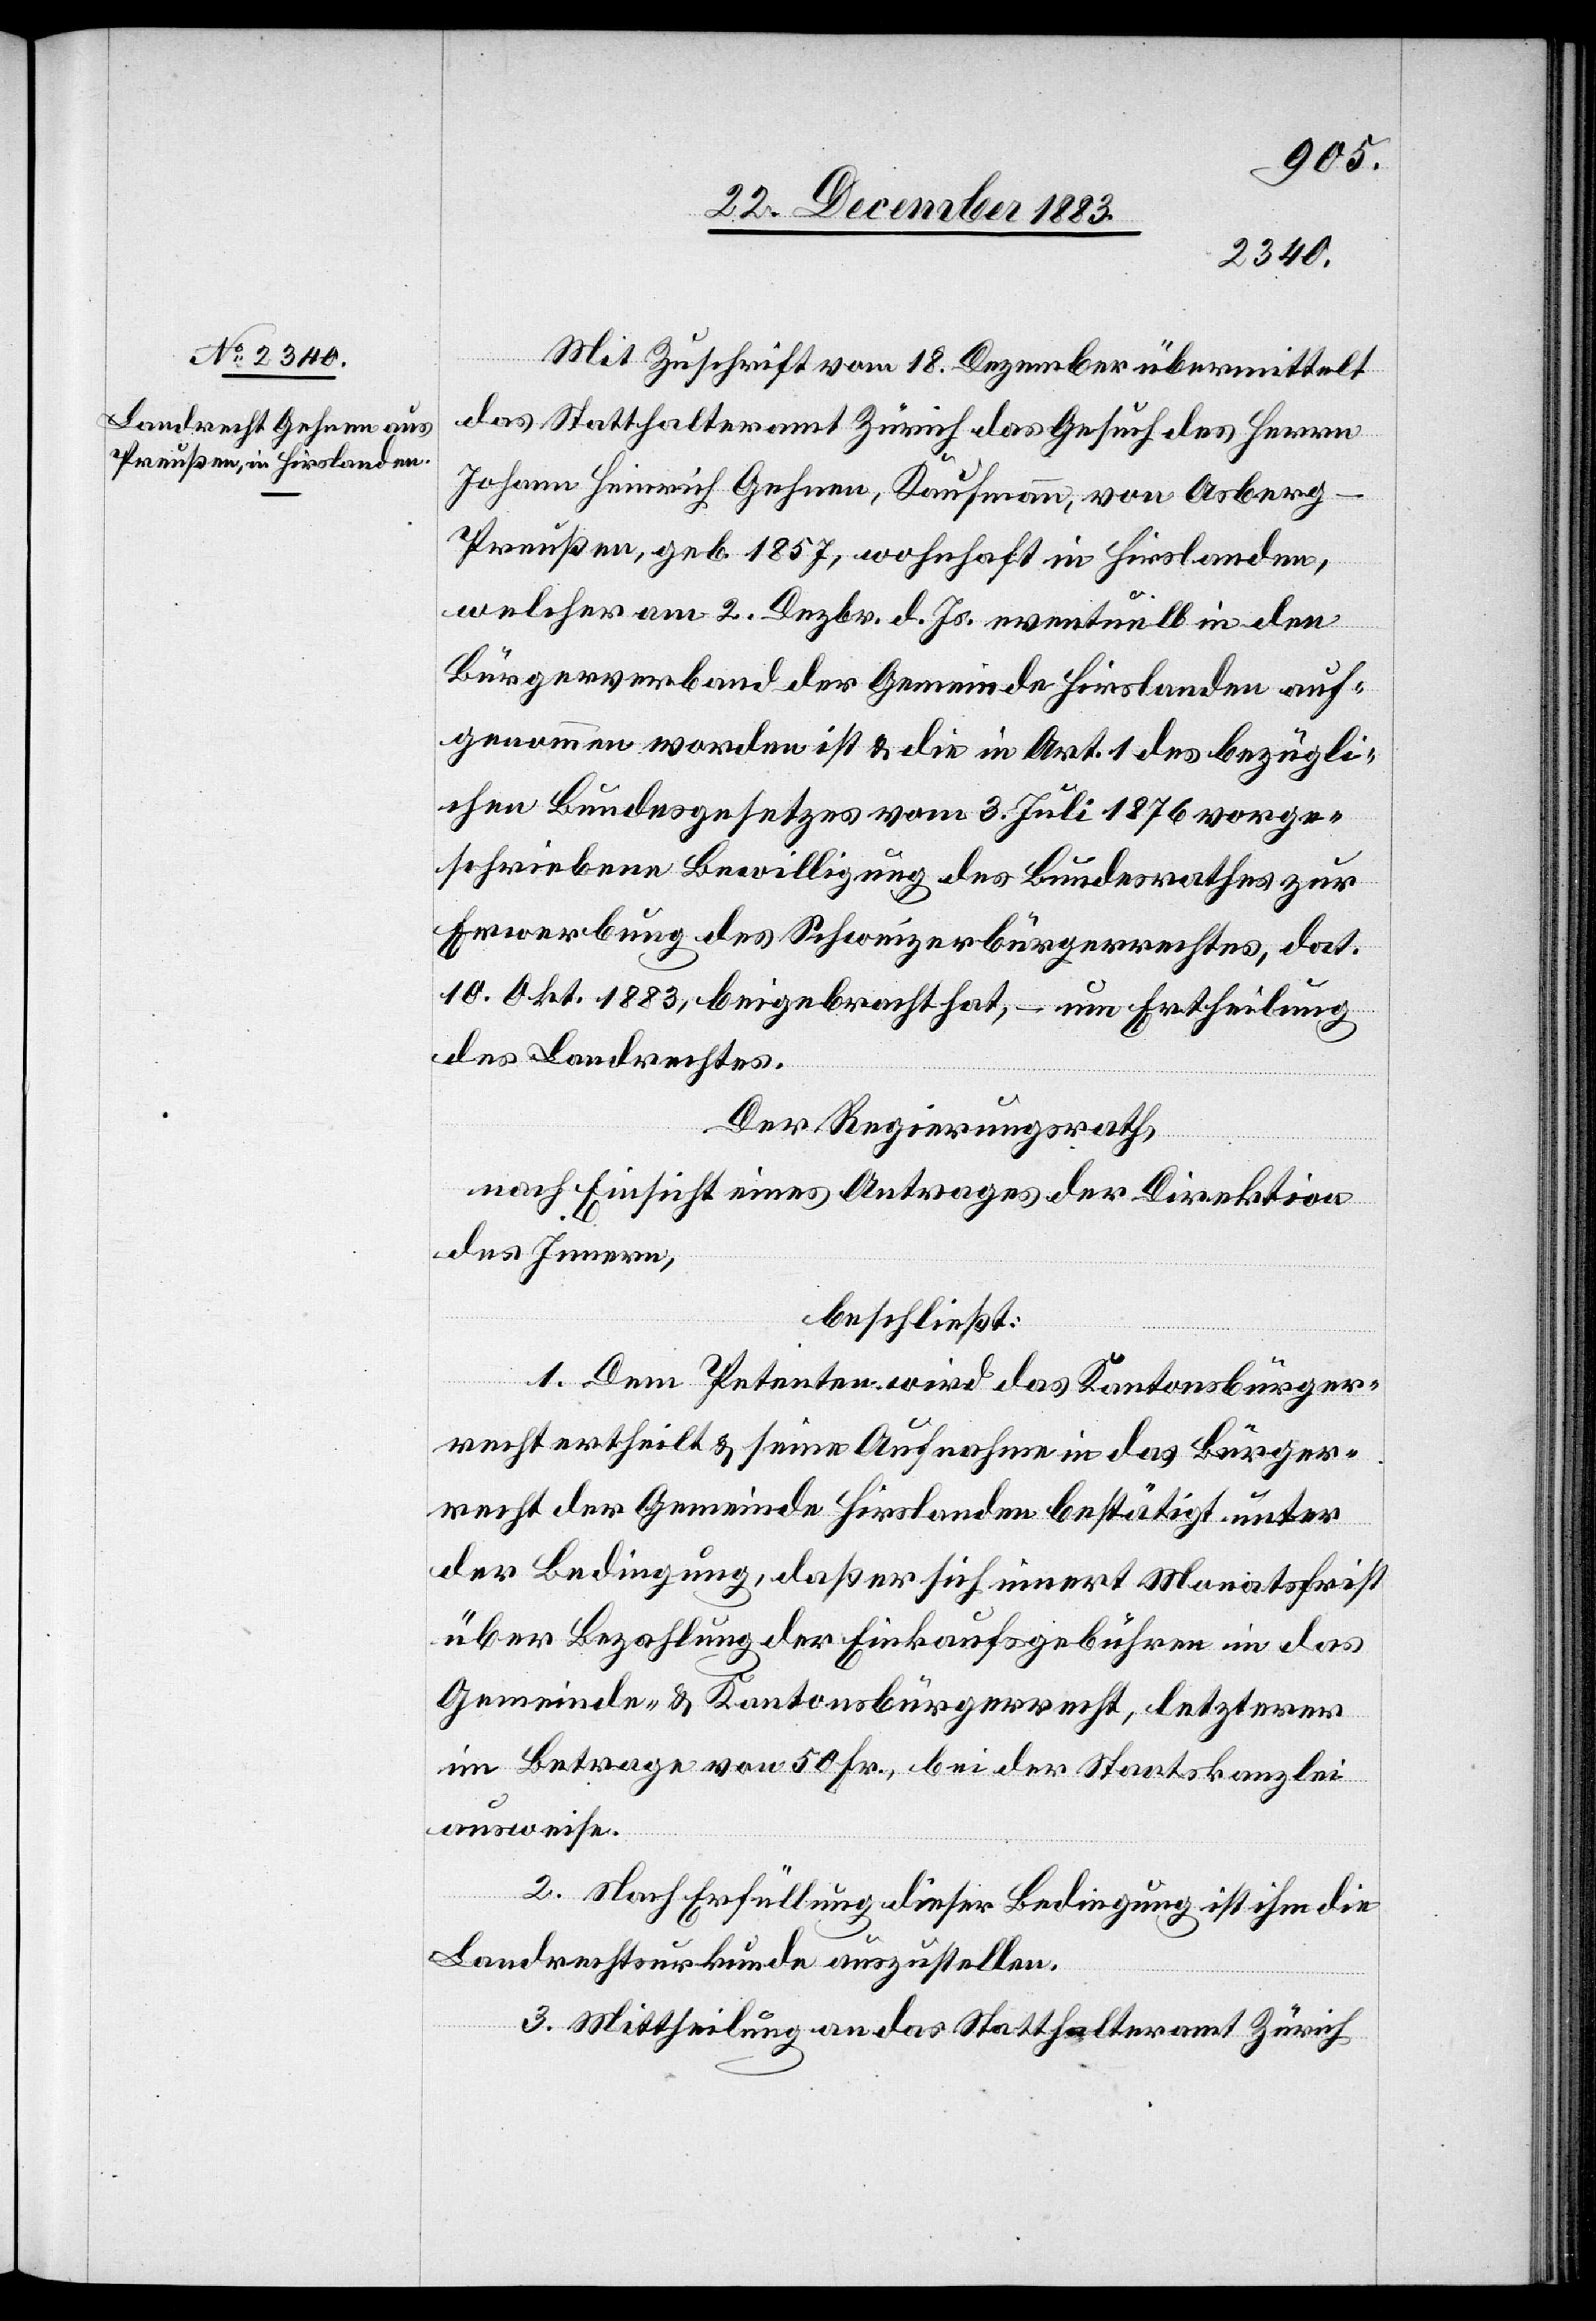
Mit Zuschrift vom 18. Dezember übermittelt
das Statthalteramt Zürich das Gesuch des Herrn
Johann Heinrich Gehnen, Kaufmann, von Asberg
-
Preußen, geb. 1857, wohnhaft in Hirslanden,
welcher am 2. Dezbr. d. Js. eventuell in den
Bürgerverband der Gemeinde Hirslanden auf¬
genommen worden ist & die in Art. 1 des bezügli¬
chen Bundesgesetzes vom 3. Juli 1876 vorge¬
schriebene Bewilligung des Bundesrathes zur
Erwerbung des Schweizerbürgerrechtes, dat.
10. Okt. 1883, beigebracht hat, – um Ertheilung
des Landrechtes.
Der Regierungsrath,
nach Einsicht eines Antrages der Direktion
des Innern,
beschließt:
1. Dem Petenten wird das Kantonsbürger¬
recht ertheilt & seine Aufnahme in das Bürger¬
recht der Gemeinde Hirslanden bestätigt unter
der Bedingung, daß er sich innert Monatsfrist
über Bezahlung der Einkaufsgebühren in das
Gemeinde- & Kantonsbürgerrecht, letzterer
im Betrage von 50 Fr., bei der Staatskanzlei
ausweise.
2. Nach Erfüllung dieser Bedingung ist ihm die
Landrechtsurkunde auszustellen.
3. Mittheilung an das Statthalteramt Zürich